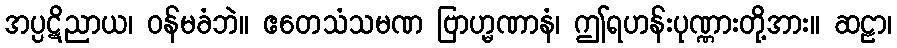
အပ္ပဋိညာယ၊ ဝန်မခံဘဲ။ ဧတေသံသမဏ ဗြာဟ္မဏာနံ၊ ဤရဟန်းပုဏ္ဏားတို့အား။ ဆဠာ၊